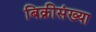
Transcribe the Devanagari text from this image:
बिक्रीसंख्या